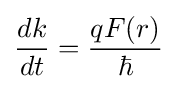
{\frac {dk}{dt}}={\frac {qF(r)}{\hbar }}